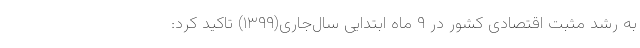
به رشد مثبت اقتصادی کشور در ۹ ماه ابتدایی سال‌جاری(۱۳۹۹) تاکید کرد: